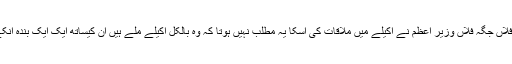
ہم یہ سنتے ہیں کہ فلاں جگہ فلاں وزیر اعظم نے اکیلے میں ملاقات کی اسکا یہ مطلب نہیں ہوتا کہ وہ بالکل اکیلے ملے ہیں ان کیساتھ ایک ایک بندہ انکے ملک کا ہوتا ہے۔